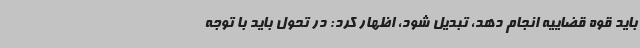
باید قوه قضاییه انجام دهد، تبدیل شود، اظهار کرد: در تحول باید با توجه